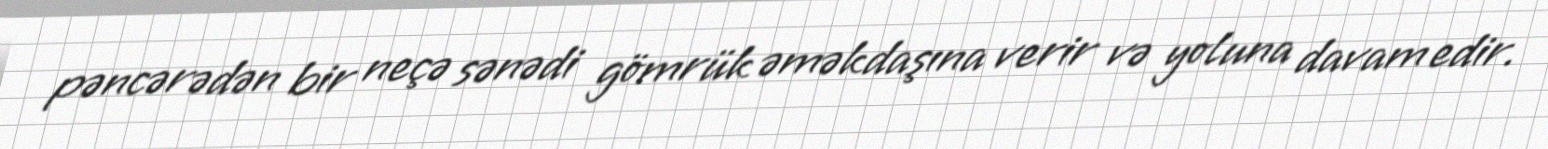
pəncərədən bir neçə sənədi gömrük əməkdaşına verir və yoluna davam edir.